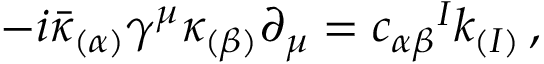
- i \bar { \kappa } _ { ( \alpha ) } \gamma ^ { \mu } \kappa _ { ( \beta ) } \partial _ { \mu } = c _ { \alpha \beta } { } ^ { I } k _ { ( I ) } \, ,